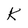
Character: K